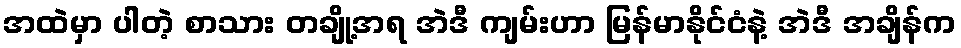
အထဲမှာ ပါတဲ့ စာသား တချို့အရ အဲဒီ ကျမ်းဟာ မြန်မာနိုင်ငံနဲ့ အဲဒီ အချိန်က